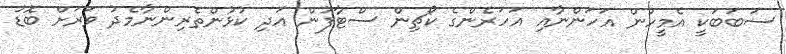
ސަބަބަކީ އެމީހުން އަހަންނާއި އަހަރެންގެ ކޯޗިން ސްޓާފުން އަދި ކުޅުންތެރިންނާމެދު ވަރަށް ބޮޑު